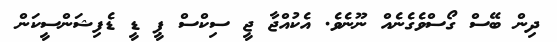
ދިން ބޭސް ގޯސްވެގެނެއް ނޫނެވެ. އެކުއްޖާ ޖީ ސިކްސް ޕީ ޑީ ޑެފިޝަންސީކަން